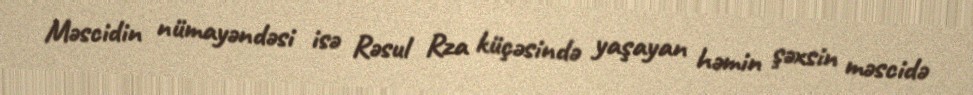
Məscidin nümayəndəsi isə Rəsul Rza küçəsində yaşayan həmin şəxsin məscidə